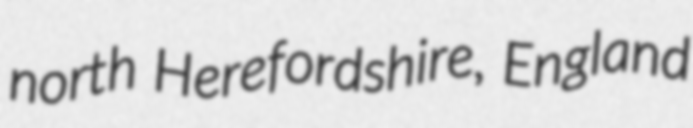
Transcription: north Herefordshire, England